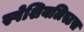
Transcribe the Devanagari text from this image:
स्पेशियलिस्टस